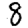
Digit: 8